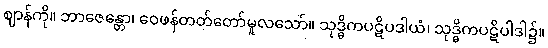
ဈာန်ကို။ ဘာဇေန္တော၊ ဝေဖန်တတ်တော်မူလသော်။ သုဒ္ဓိကပဋိပဒါယံ၊ သုဒ္ဓိကပဋိပါဒါ၌။